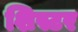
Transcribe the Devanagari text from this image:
शिस्टर